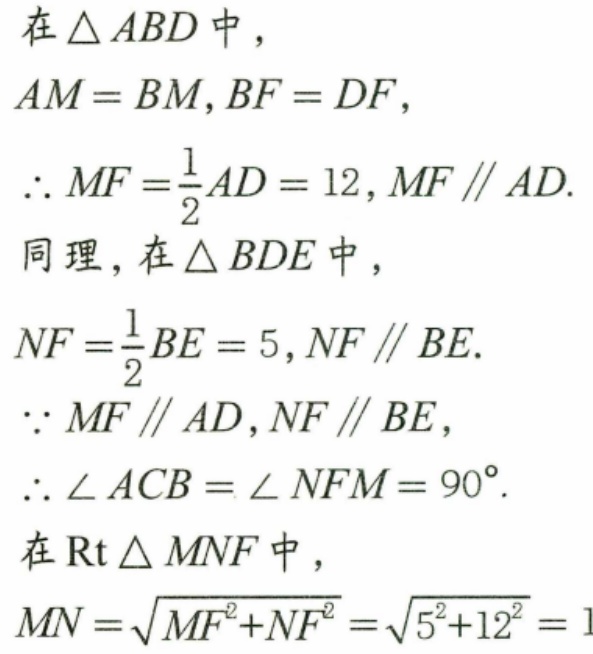
在\(\triangle ABD\)中，
\(AM = BM,BF = DF\)，
\(\therefore MF=\frac{1}{2}AD = 12,MF\parallel AD\).
同理，在\(\triangle BDE\)中，
\(NF=\frac{1}{2}BE = 5,NF\parallel BE\).
\(\because MF\parallel AD,NF\parallel BE\)，
\(\therefore\angle ACB=\angle NFM = 90^{\circ}\).
在\(\text{Rt}\triangle MNF\)中，
\(MN=\sqrt{MF^{2}+NF^{2}}=\sqrt{5^{2}+12^{2}} = 1\)